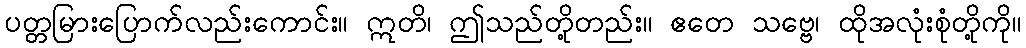
ပတ္တမြားပြောက်လည်းကောင်း။ ဣတိ၊ ဤသည်တို့တည်း။ ဧတေ သဗ္ဗေ၊ ထိုအလုံးစုံတို့ကို။